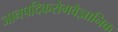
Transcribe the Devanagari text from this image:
जानपदिकरोगवैज्ञानिक